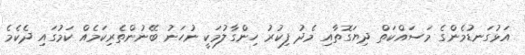
އަޅުގަނޑުމެންގެ މަސައްކަތް ދިޔަގޮތާއި މެދު ފިކުރު ހިންގާލުމަކީ ނުހަނު ބޭނުންތެރިކަމެއް ކަމުގައި ދެކެމެ